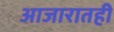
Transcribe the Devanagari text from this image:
आजारातही